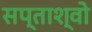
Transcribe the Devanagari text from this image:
सप्ताश्वो